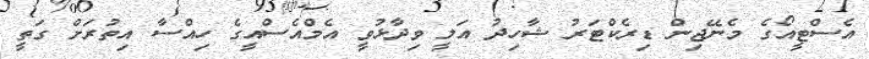
އެސްޓީއޯގެ މެނޭޖިން ޑިރެކްޓަރު ޝާހިދު އަލީ ވިދާޅުވީ އެމްއެސްއީގެ ހިއްސާ އިތުރަށް ގަތީ